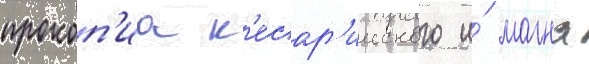
прокоп'иа к'есар'ииского и́ магна